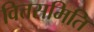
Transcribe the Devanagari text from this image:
वित्तसमिति